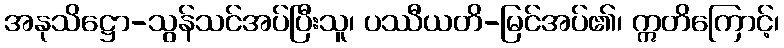
အနုသိဋ္ဌော-သွန်သင်အပ်ပြီးသူ၊ ပဿီယတိ-မြင်အပ်၏၊ ဣတိကြောင့်၊